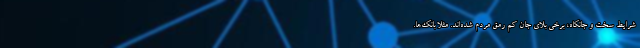
شرایط سخت و جانکاه، برخی بلای جان کم رمق مردم شده‌اند. مثلا بانک‌ها.